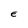
Character: E